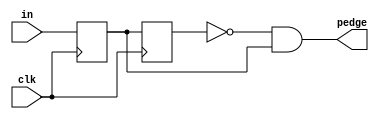
module top_module (
    input clk,
    input [7:0] in,
    output [7:0] pedge
);
reg [7:0] r_in_before;
reg [7:0] r_in_later;
always @(posedge clk ) begin
    r_in_later <= in;
    r_in_before <= r_in_later;
end

assign pedge = ~r_in_before&r_in_later;
endmodule